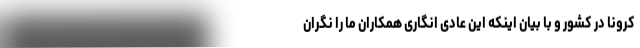
کرونا در کشور و با بیان اینکه این عادی انگاری همکاران ما را نگران